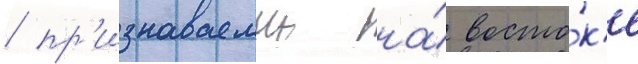
/ пр'изнаваемыи на́ восто́к'е